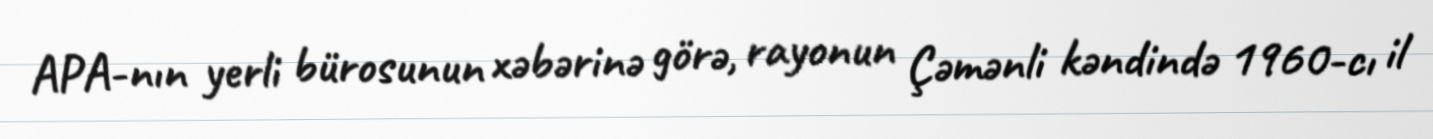
APA-nın yerli bürosunun xəbərinə görə, rayonun Çəmənli kəndində 1960-cı il